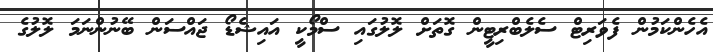
އެހެންކަމުން ފެވަރިޓް ސެލެބްރިޓީން ގޮތަށް ލޮލުގައި ސްމޯކީ އައިޝެޑޯ ޖައްސަން ބޭނުންނަމަ ލޮލުގެ